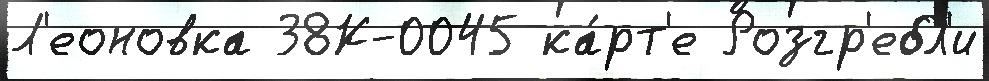
Л'еоновка 38К-0045 ка́рт'е Розгр'ебл'и